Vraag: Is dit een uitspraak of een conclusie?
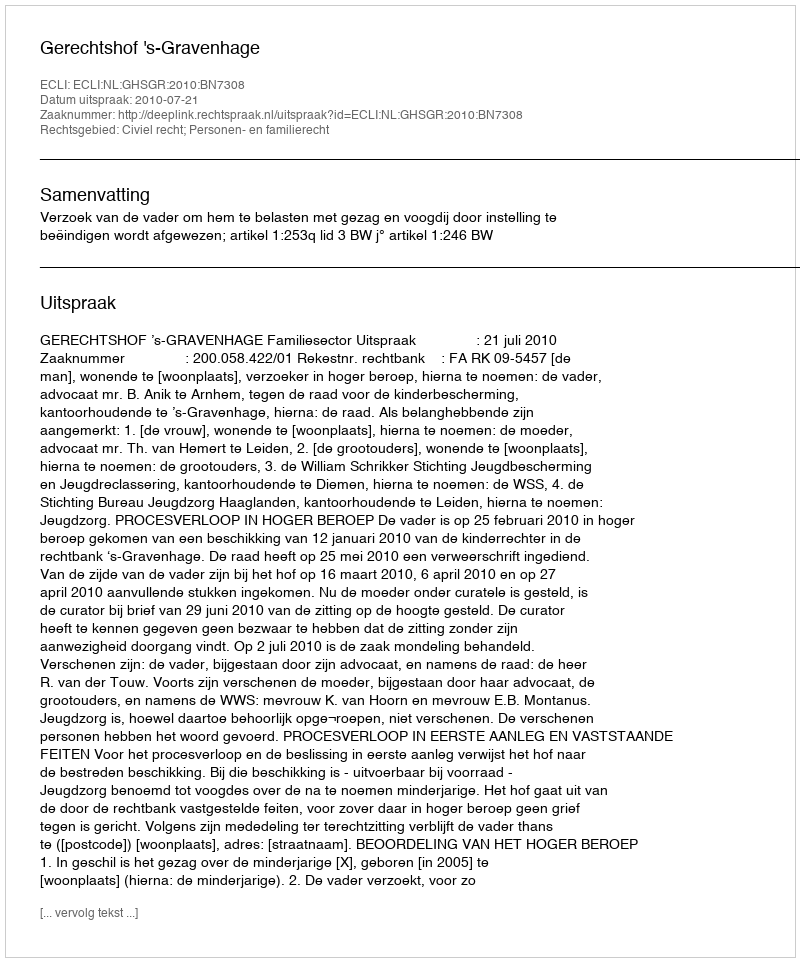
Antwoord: Uitspraak